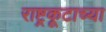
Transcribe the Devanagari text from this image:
राष्ट्रकूटाच्या